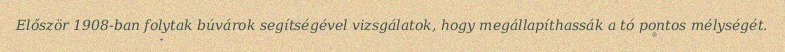
Először 1908-ban folytak búvárok segítségével vizsgálatok, hogy megállapíthassák a tó pontos mélységét.